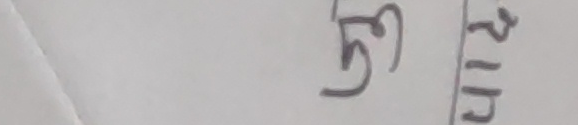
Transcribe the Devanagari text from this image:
ङ ण